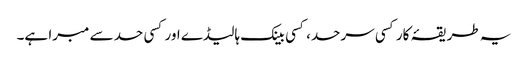
یہ طریقۂ کار کسی سرحد، کسی بینک ہالیڈے اور کسی حد سے مبرا ہے۔